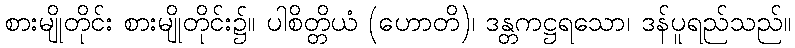
စားမျိုတိုင်း စားမျိုတိုင်း၌။ ပါစိတ္တိယံ (ဟောတိ)၊ ဒန္တကဋ္ဌရသော၊ ဒန်ပူရည်သည်။